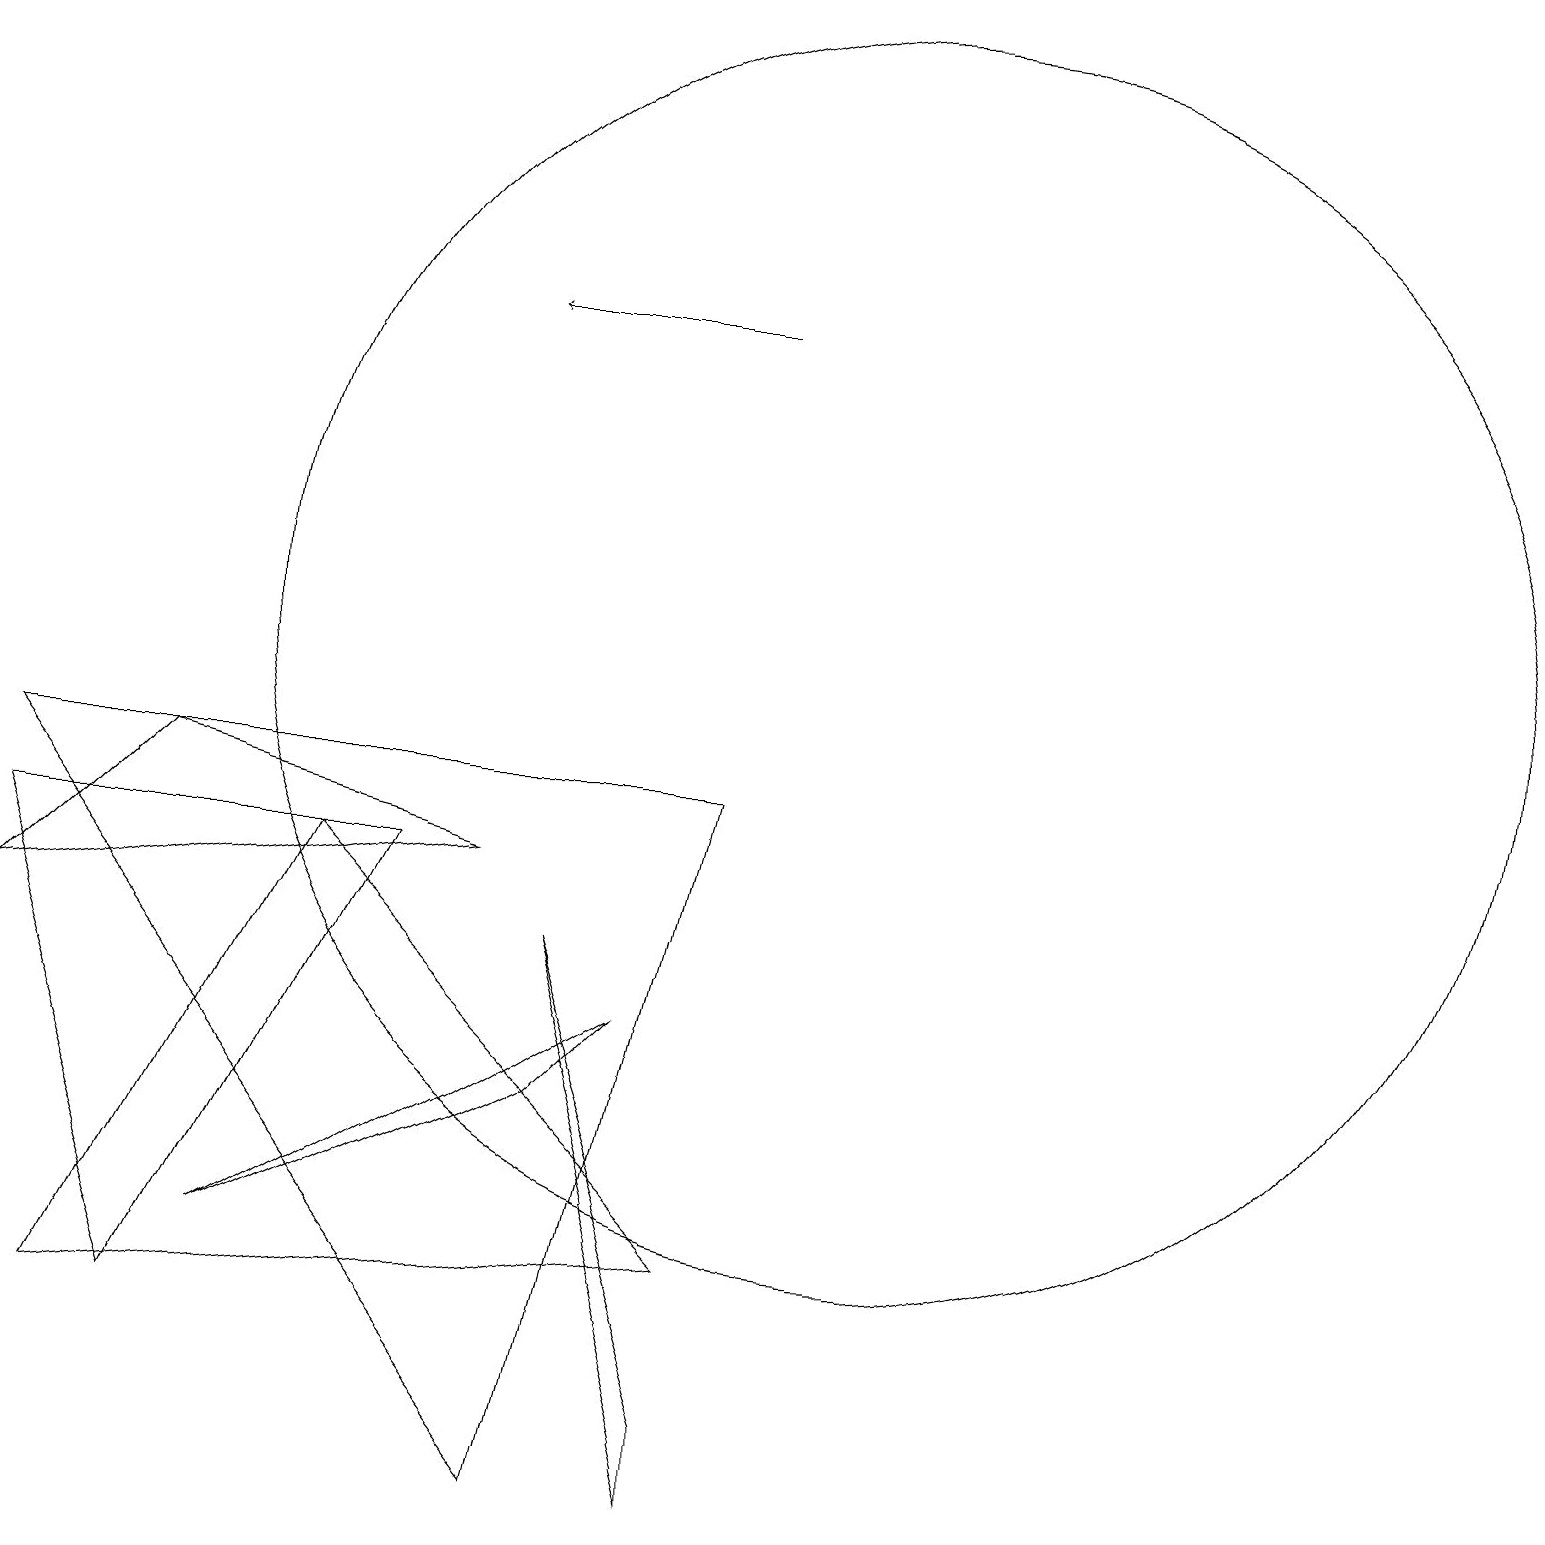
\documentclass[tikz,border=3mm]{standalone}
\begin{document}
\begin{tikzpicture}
\draw (11,11) circle (8);
\draw (9,1) -- (9,0) -- (7,7) -- cycle;
\draw (2,9) -- (0,7) -- (6,8) -- cycle;
\draw (5,8) -- (0,8) -- (2,2) -- cycle;
\draw[->] (9,15) -- (6,15);
\draw (7,5) -- (3,3) -- (8,6) -- cycle;
\draw (1,2) -- (9,3) -- (4,8) -- cycle;
\draw (9,9) -- (7,0) -- (0,9) -- cycle;
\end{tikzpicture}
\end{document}